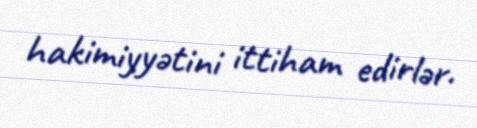
hakimiyyətini ittiham edirlər.